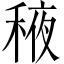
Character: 𬓰